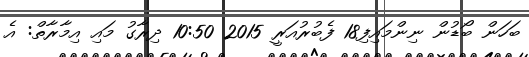
ބަހަން ބޯޑުން ނިންމައިފި18 ފެބުރުއަރީ 2015 10:50 ދިރާގު މައި އިމާރާތް: އެ